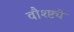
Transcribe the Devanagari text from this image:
वौश्ष्ट्ये